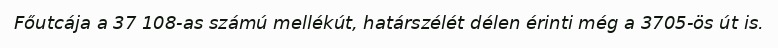
Főutcája a 37 108-as számú mellékút, határszélét délen érinti még a 3705-ös út is.